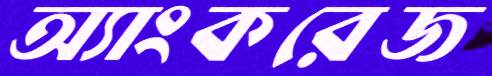
অ্যাংকরেজ